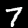
Digit: 7